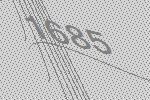
1685